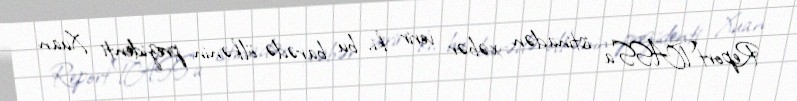
Report"TASS"a istinadən xəbər verir ki, bu barədə ölkənin prezidenti Xuan